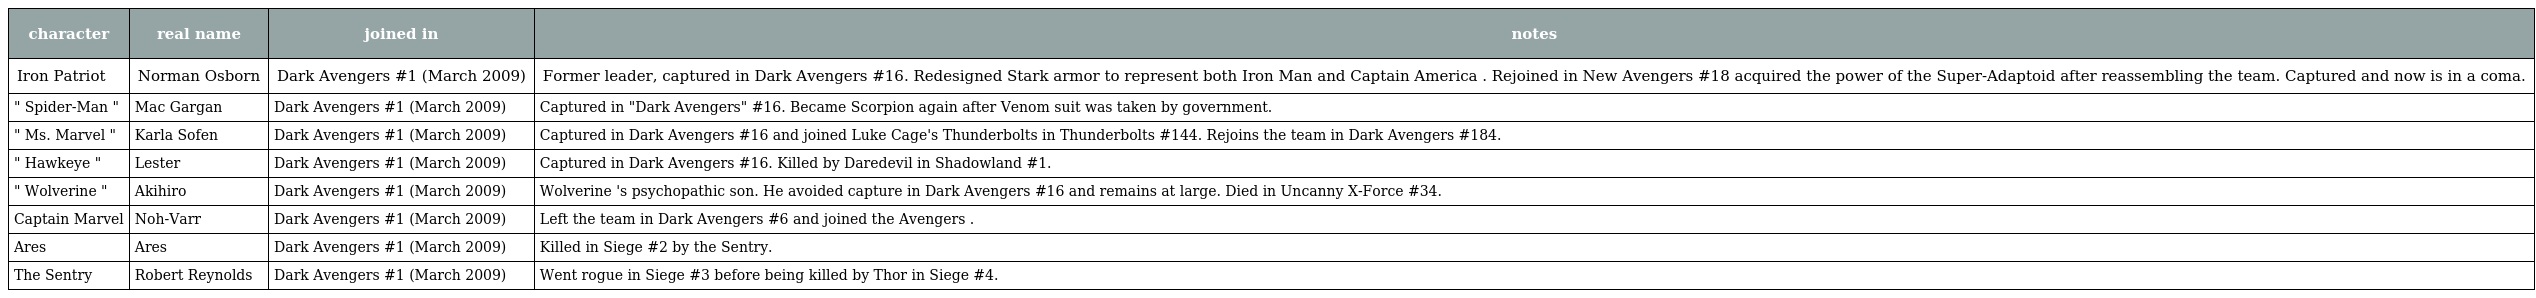
| character | real name | joined in | notes |
 | --- | --- | --- | --- |
 | Iron Patriot | Norman Osborn | Dark Avengers #1 (March 2009) | Former leader, captured in Dark Avengers #16. Redesigned Stark armor to represent both Iron Man and Captain America . Rejoined in New Avengers #18 acquired the power of the Super-Adaptoid after reassembling the team. Captured and now is in a coma. |
 | " Spider-Man " | Mac Gargan | Dark Avengers #1 (March 2009) | Captured in "Dark Avengers" #16. Became Scorpion again after Venom suit was taken by government. |
 | " Ms. Marvel " | Karla Sofen | Dark Avengers #1 (March 2009) | Captured in Dark Avengers #16 and joined Luke Cage's Thunderbolts in Thunderbolts #144. Rejoins the team in Dark Avengers #184. |
 | " Hawkeye " | Lester | Dark Avengers #1 (March 2009) | Captured in Dark Avengers #16. Killed by Daredevil in Shadowland #1. |
 | " Wolverine " | Akihiro | Dark Avengers #1 (March 2009) | Wolverine 's psychopathic son. He avoided capture in Dark Avengers #16 and remains at large. Died in Uncanny X-Force #34. |
 | Captain Marvel | Noh-Varr | Dark Avengers #1 (March 2009) | Left the team in Dark Avengers #6 and joined the Avengers . |
 | Ares | Ares | Dark Avengers #1 (March 2009) | Killed in Siege #2 by the Sentry. |
 | The Sentry | Robert Reynolds | Dark Avengers #1 (March 2009) | Went rogue in Siege #3 before being killed by Thor in Siege #4. |